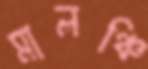
মালঞ্চি